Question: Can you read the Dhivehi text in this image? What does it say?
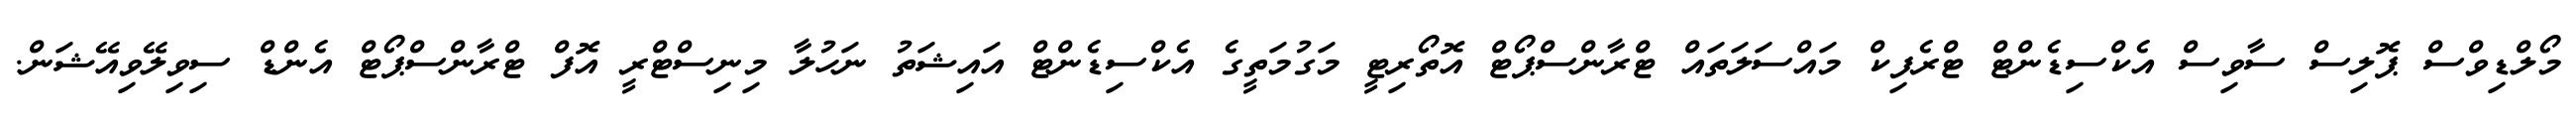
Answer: މޯލްޑިވްސް ޕޮލިސް ސާވިސް އެކްސިޑެންޓް ޓްރެފިކް މައްސަލަތައް ޓްރާންސްޕޯޓް އޮތޯރިޓީ މަގުމަތީގެ އެކްސިޑެންޓް އައިޝަތު ނަހުލާ މިނިސްޓްރީ އޮފް ޓްރާންސްޕޯޓް އެންޑް ސިވިލޭވިއޭޝަން.